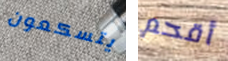
يتسكعون أقحم